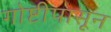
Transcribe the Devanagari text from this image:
गोष्टीपासून